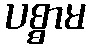
ပစ္စာမ